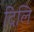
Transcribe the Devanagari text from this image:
दिलि